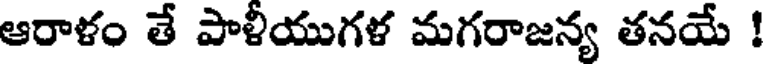
ఆరాళం తే పాళీయుగళ మగరాజన్య తనయే !